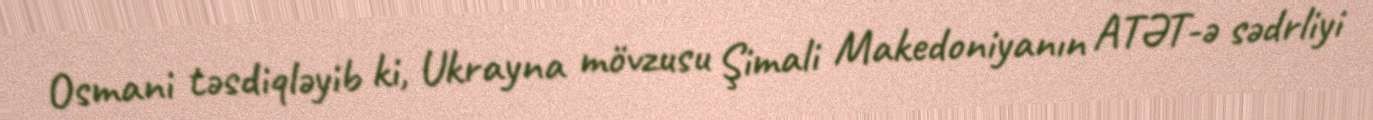
Osmani təsdiqləyib ki, Ukrayna mövzusu Şimali Makedoniyanın ATƏT-ə sədrliyi